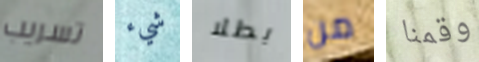
تسريب شيء بطلا من وقمنا